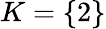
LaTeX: K=\{ 2\}